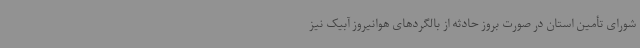
شورای تأمین استان در صورت بروز حادثه از بالگردهای هوانیروز آبیک نیز